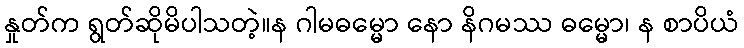
နှုတ်က ရွတ်ဆိုမိပါသတဲ့။န ဂါမဓမ္မော နော နိဂမဿ ဓမ္မော၊ န စာပိယံ